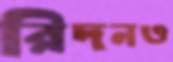
রিদনও